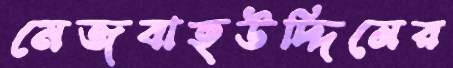
মেজবাহউদ্দিনের